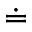
\doteq